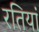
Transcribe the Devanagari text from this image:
रतियां